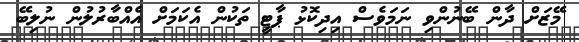
މޭޒަށް ދާން ބޭނުންވި ނަމަވެސް އިދިކޮޅު ޕާޓީ ތަކުން އެކަމަށް އެއްބާރުލުން ނުލިބޭ